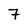
Character: 7